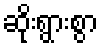
ဆိုးရွားစွာ